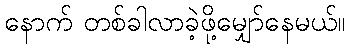
နောက် တစ်ခါလာခဲ့ဖို့မျှော်နေမယ်။